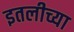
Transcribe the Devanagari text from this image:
इतलीच्या